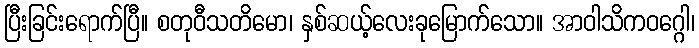
ပြီးခြင်းရောက်ပြီ။ စတုဝီသတိမော၊ နှစ်ဆယ့်လေးခုမြောက်သော။ အာဝါသိကဝဂ္ဂေါ၊